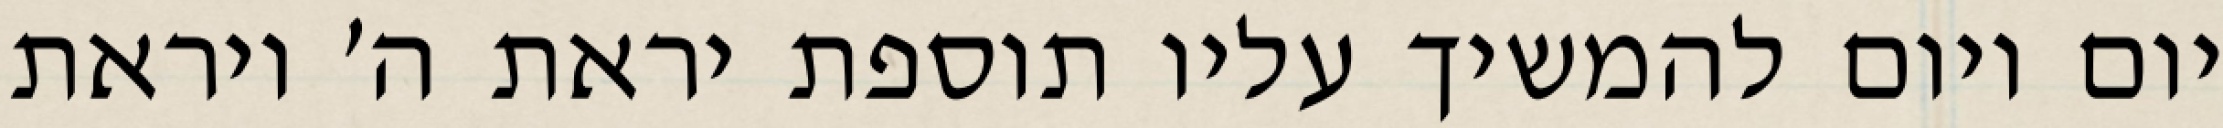
יום ויום להמשיך עליו תוספת יראת ה׳ ויראת